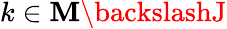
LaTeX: k\in\mathbf{M}\backslashJ